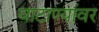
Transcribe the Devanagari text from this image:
वाटाण्यांवर